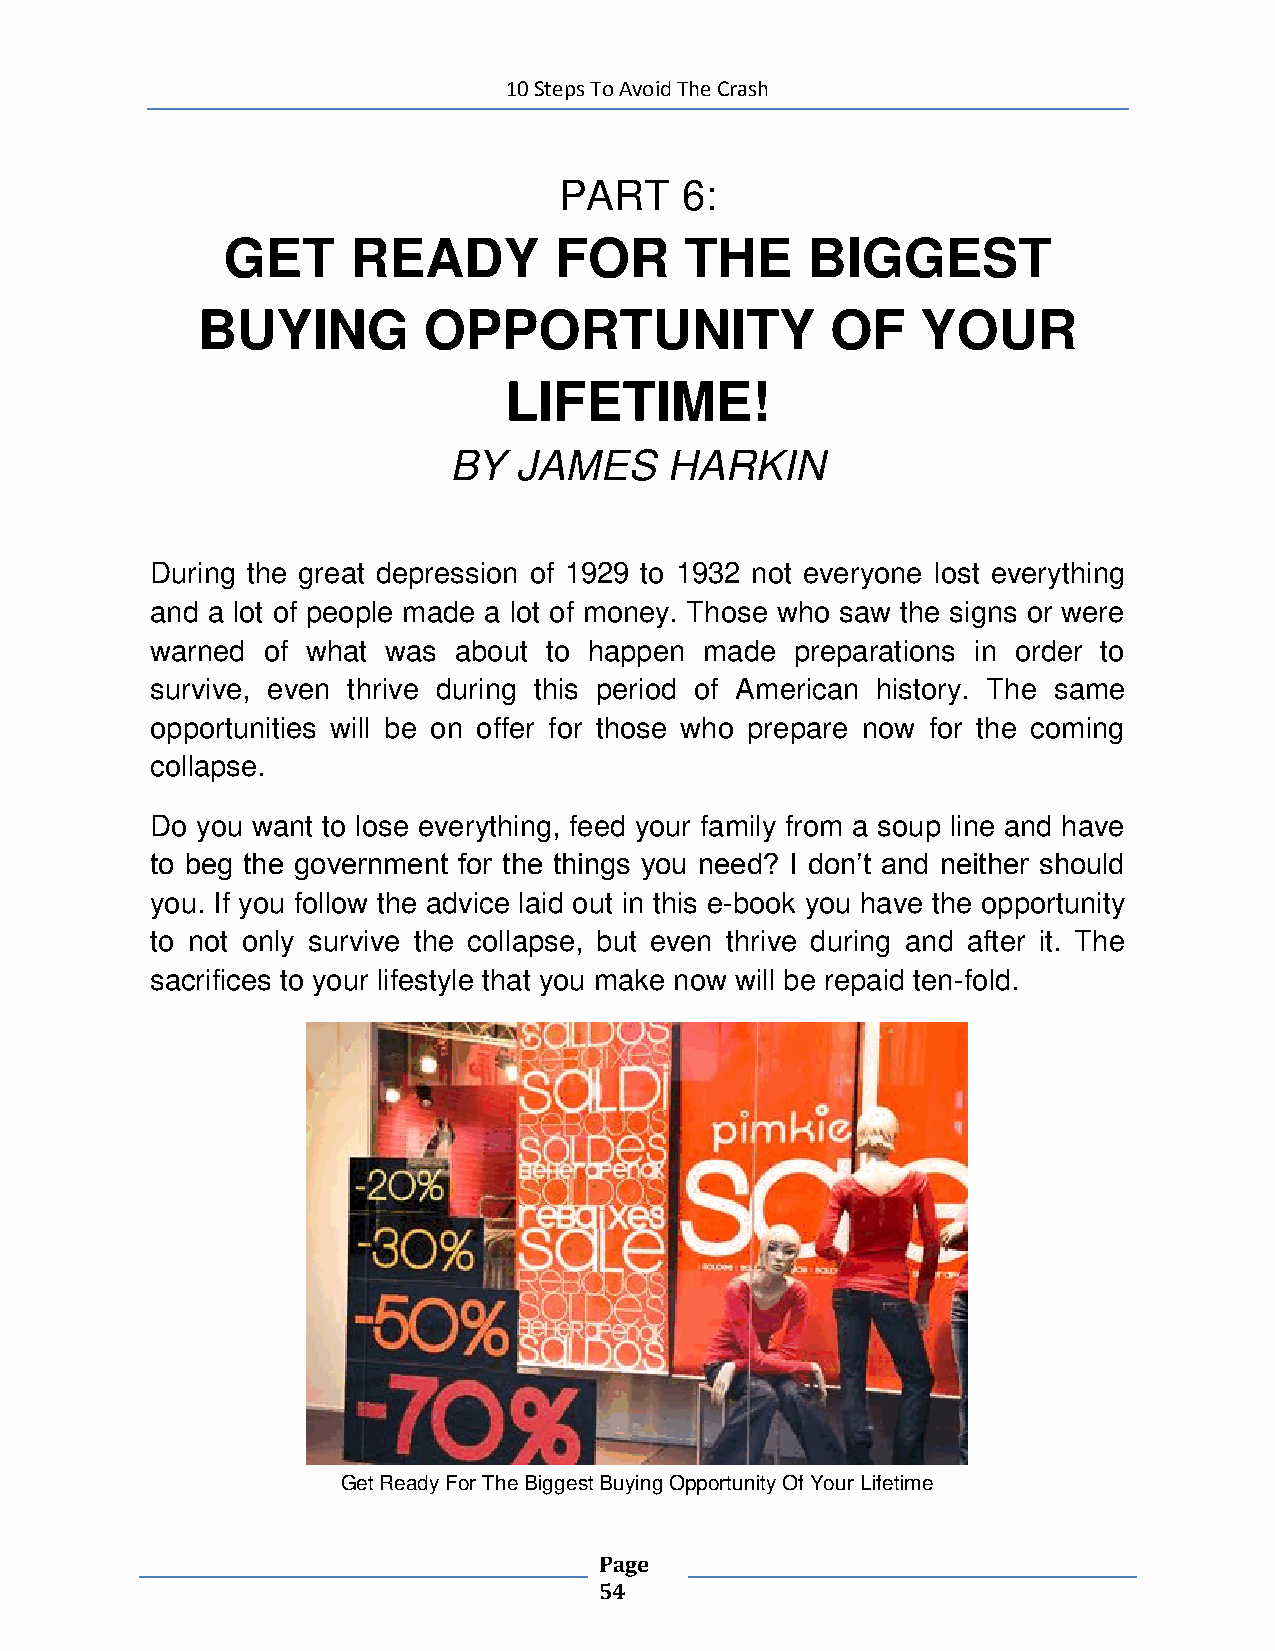
10 Steps To Avoid The Crash
 PART    6:
 GET     READY         FOR     THE     BIGGEST
 BUYING         OPPORTUNITY                OF    YOUR
 LIFETIME!
 BY  JAMES     HARKIN
 During the great depression of 1929 to 1932 not everyone lost everything
 and a lot of people made a lot of money. Those who saw the signs or were
 warned of what was  about to happen  made  preparations in order to
 survive, even thrive during this period of American history. The same
 opportunities will be on offer for those who prepare now for the coming
 collapse.
 Do you want to lose everything, feed your family from a soup line and have
 to beg the government for the things you need? I don’t and neither should
 you. If you follow the advice laid out in this e-book you have the opportunity
 to not only survive the collapse, but even thrive during and after it. The
 sacrifices to your lifestyle that you make now will be repaid ten-fold.
 Get Ready For The Biggest Buying Opportunity Of Your Lifetime
 Page
 54